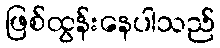
ဖြစ်ထွန်းနေပါသည်